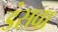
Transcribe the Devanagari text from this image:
डंसवा